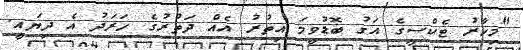
"މިހާރު ޓެކްސީގެ އަގު ބޮޑުވީމަ އިތުރު އެއް ދަތުރުގެ ހަރަދު އެ ދިޔައީ.